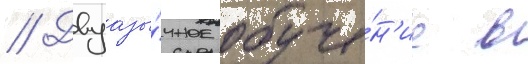
// Двуазы́чное обуче́н'ие в